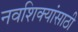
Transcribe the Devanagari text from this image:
नवशिक्यांसाठी